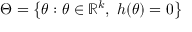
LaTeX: \Theta = \left\{ \theta : \theta \in \mathbb { R } ^ { k } , \; h ( \theta ) = 0 \right\}